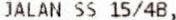
JALAN SS 15/4B,